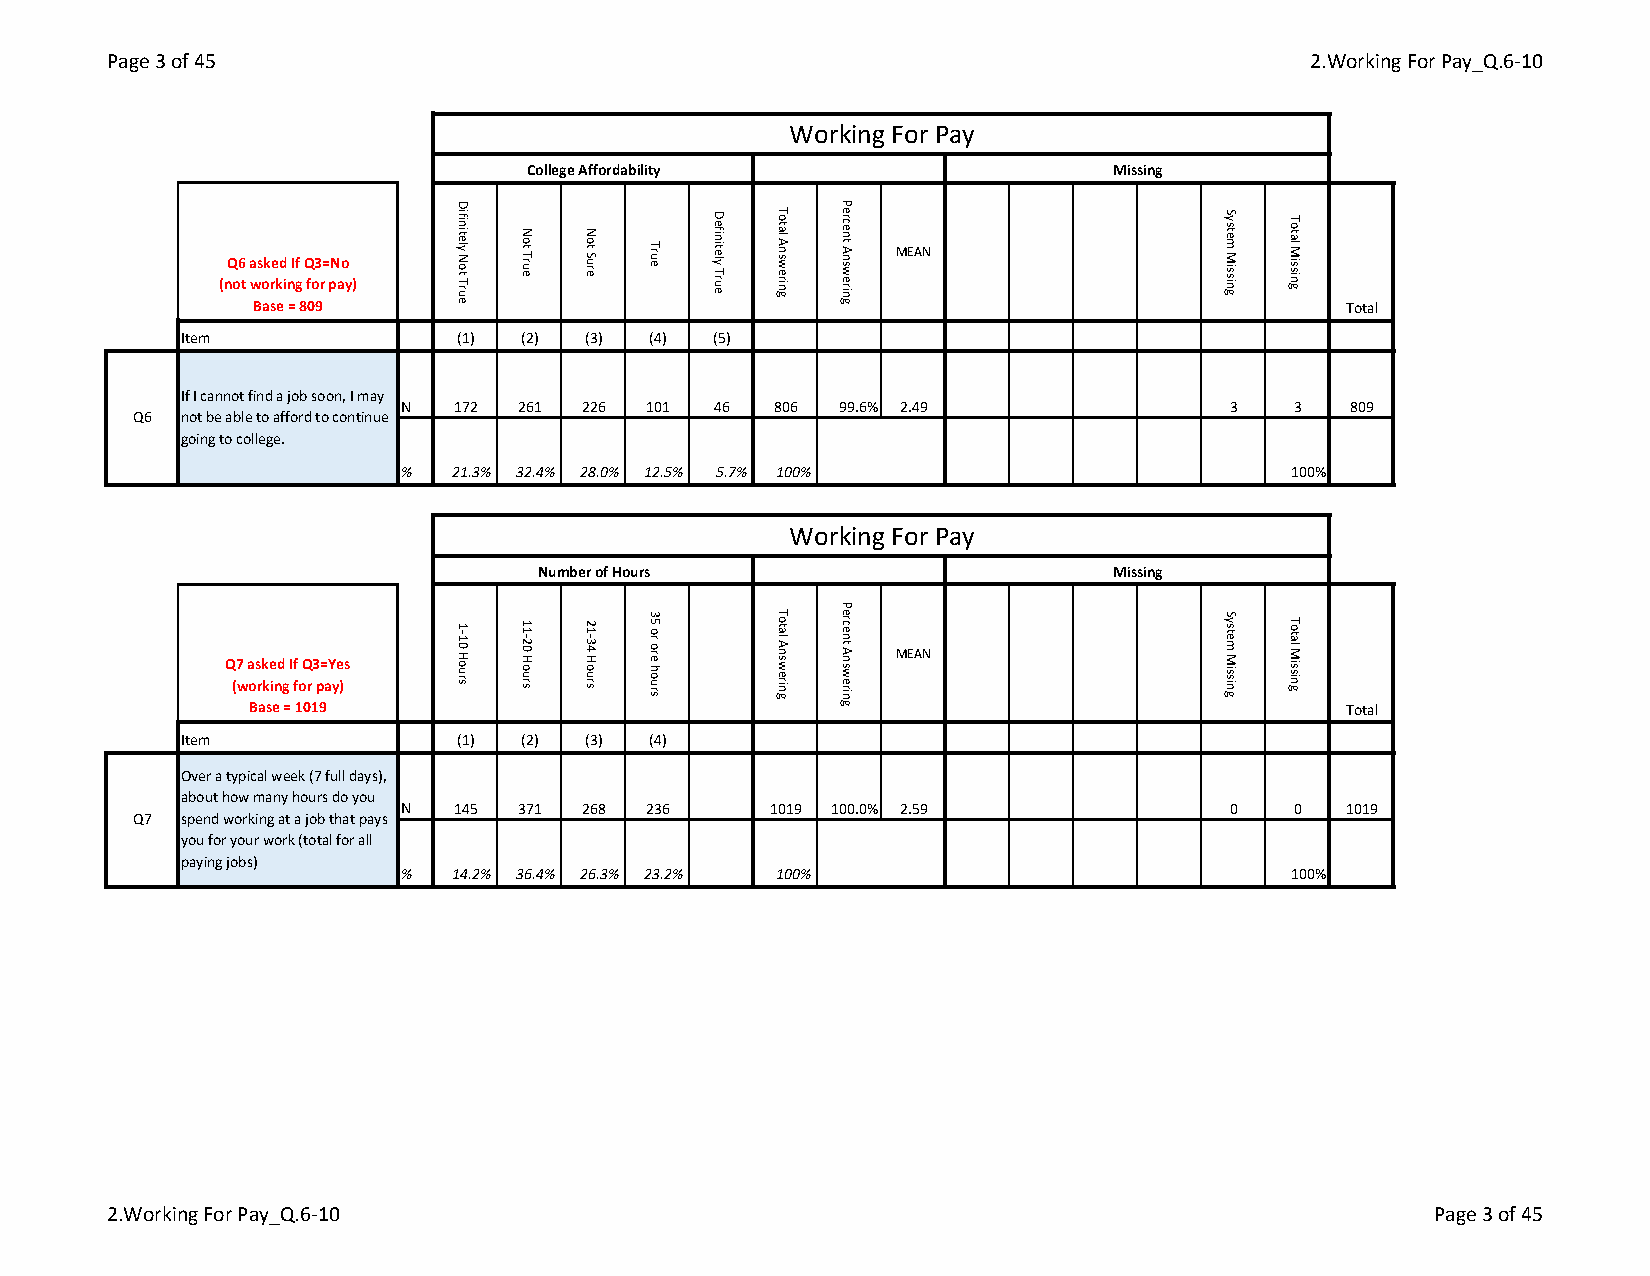
Page 3 of 45                                                                   2.Working For Pay_Q.6-10
 Working For Pay
 College Affordability                  Missing
 MEAN Q6 asked If Q3=No
 (not working for pay)
 Base = 809                                                               Total
 Item              (1) (2) (3)  (4) (5)
 If I cannot find a job soon, I may
 N   172 261 226 101  46  806 99.6% 2.49                3   3   809
 Q6  not be able to afford to continue
 going to college.
 %   21.3% 32.4% 28.0% 12.5% 5.7% 100%                      100%
 Working For Pay
 Number of Hours                       Missing
 MEAN Q7 asked If Q3=Yes
 (working for pay)
 Base = 1019                                                              Total
 Item              (1) (2) (3)  (4)
 Over a typical week (7 full days),
 about how many hours do you
 N   145 371 268 236      1019 100.0% 2.59              0   0   1019
 Q7  spend working at a job that pays
 you for your work (total for all
 paying jobs)
 %   14.2% 36.4% 26.3% 23.2% 100%                           100%
 2.Working For Pay_Q.6-10                                                                Page 3 of 45
 Difinitely
 Not
 True
 1-10
 Hours
 Not
 True
 11-20
 Hours
 Not
 Sure
 21-34
 Hours
 True
 35 or
 ore hours
 Definitely
 True
 Total
 Answering
 Total
 Answering
 Percent
 Answering
 Percent
 Answering
 System
 Missing
 System
 Missing
 Total
 Missing
 Total
 Missing